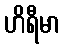
ဟိရီမာ